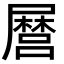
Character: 𭕸